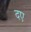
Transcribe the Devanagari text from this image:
दए